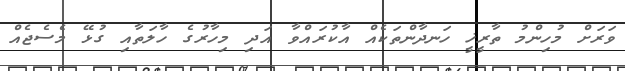
ވަރަށް މުހިންމު ތާރީޚީ ހަނދާންތަކެއް އާކުރައްވާ އަދި މިހާރުގެ ހާލަތާއި ގުޅޭ މެސެޖެއް